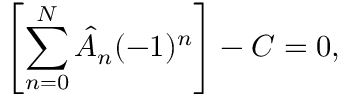
\left[ \sum _ { n = 0 } ^ { N } \hat { A } _ { n } ( - 1 ) ^ { n } \right] - C = 0 ,